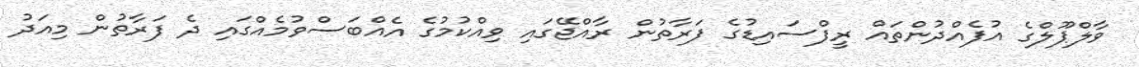
ވާލްޕޫލްގެ އުފެއްދުންތައް ރީފްސައިޑުގެ ފަރާތުން ރާއްޖޭގައި ވިއްކުމުގެ އެއްބަސްވުމެއްގައި ދެ ފަރާތުން މިއަދު